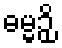
ဓမ္မဉှိ